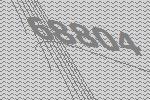
68804